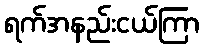
ရက်အနည်းငယ်ကြာ